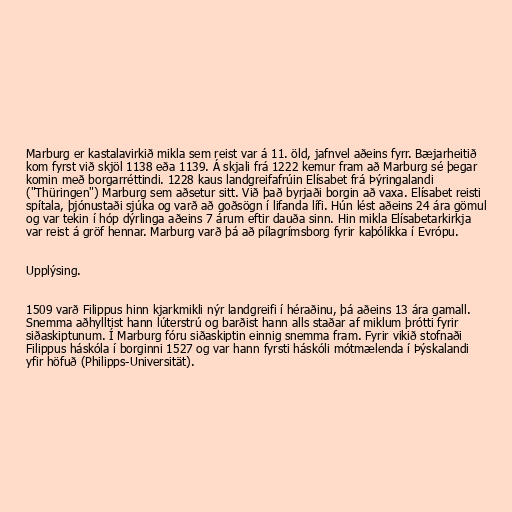
Marburg er kastalavirkið mikla sem reist var á 11. öld, jafnvel aðeins fyrr. Bæjarheitið
kom fyrst við skjöl 1138 eða 1139. Á skjali frá 1222 kemur fram að Marburg sé þegar
komin með borgarréttindi. 1228 kaus landgreifafrúin Elísabet frá Þýringalandi
("Thüringen") Marburg sem aðsetur sitt. Við það byrjaði borgin að vaxa. Elísabet reisti
spítala, þjónustaði sjúka og varð að goðsögn í lifanda lífi. Hún lést aðeins 24 ára gömul
og var tekin í hóp dýrlinga aðeins 7 árum eftir dauða sinn. Hin mikla Elísabetarkirkja
var reist á gröf hennar. Marburg varð þá að pílagrímsborg fyrir kaþólikka í Evrópu.

Upplýsing.

1509 varð Filippus hinn kjarkmikli nýr landgreifi í héraðinu, þá aðeins 13 ára gamall.
Snemma aðhylltist hann lúterstrú og barðist hann alls staðar af miklum þrótti fyrir
siðaskiptunum. Í Marburg fóru siðaskiptin einnig snemma fram. Fyrir vikið stofnaði
Filippus háskóla í borginni 1527 og var hann fyrsti háskóli mótmælenda í Þýskalandi
yfir höfuð (Philipps-Universität).